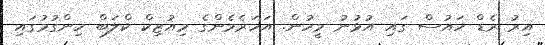
އިރު ރެޑް ހައުސް ގައި އުޅުނު މީހުން. އަހަރެމެންގެ މިއުޒިކް ކްލަބް ހިންގުމުގައި